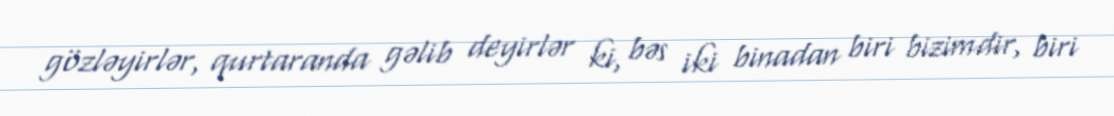
gözləyirlər, qurtaranda gəlib deyirlər ki, bəs iki binadan biri bizimdir, biri